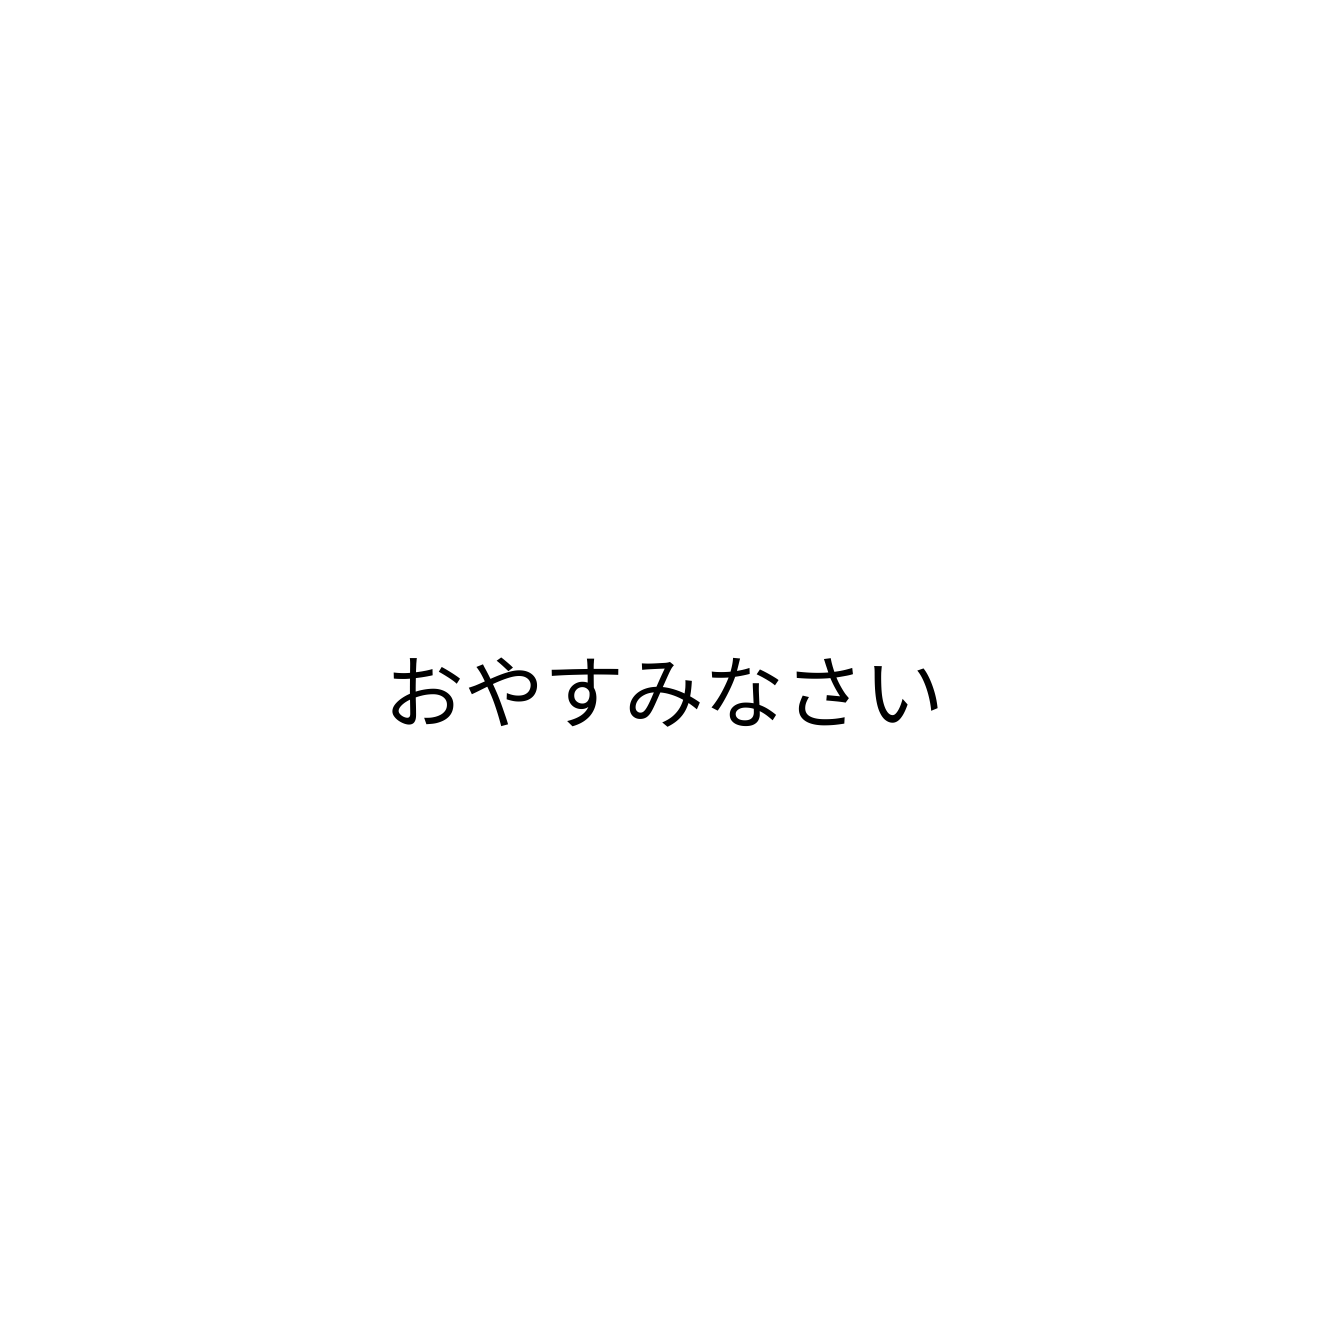
おやすみなさい